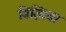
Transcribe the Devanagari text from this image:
बिंझिया